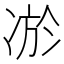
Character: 𭂔